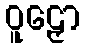
ဝူဠှော